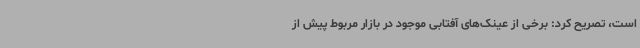
است، تصریح کرد: برخی از عینک‌های آفتابی موجود در بازار مربوط پیش از